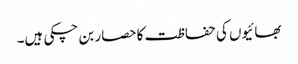
بھائیوں کی حفاظت کا حصار بن چکی ہیں۔